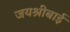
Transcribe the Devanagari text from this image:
जयश्रीबाई